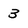
Character: 3